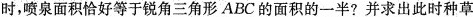
时，喷泉面积恰好等于锐角三角形ABC的面积的一半?并求出此时种草